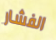
الفشار